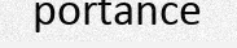
portance